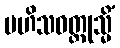
မဟိသဝတ္ထုသ္မိံ